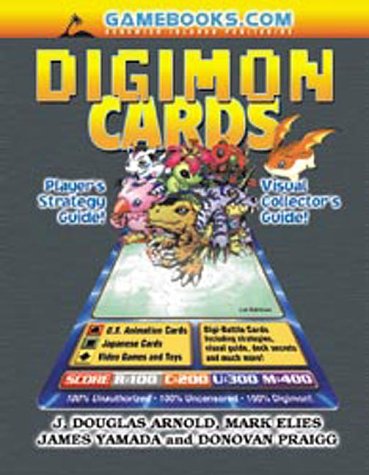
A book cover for Digimon Cards! Collector's and Player's Guide; J. Douglas Arnold; Science Fiction & Fantasy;